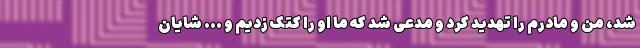
شد، من و مادرم را تهدید کرد و مدعی شد که ما او را کتک زدیم و ... شایان